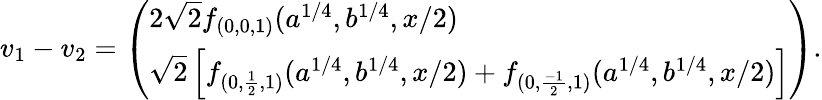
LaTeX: \begin{array}{r}{v_{1}-v_{2}=\left(\begin{array}{l}{2\sqrt{2}f_{(0,0,1)}(a^{1/4},b^{1/4},x/2)}\\ {\sqrt{2}\left[f_{(0,\frac{1}{2},1)}(a^{1/4},b^{1/4},x/2)+f_{(0,\frac{-1}{2},1)}(a^{1/4},b^{1/4},x/2)\right]}\end{array}\right).}\end{array}